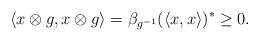
LaTeX: \begin{align*}\langle x\otimes g, x\otimes g\rangle = \beta_{g^{-1}}(\langle x,x\rangle)^* \geq 0.\end{align*}